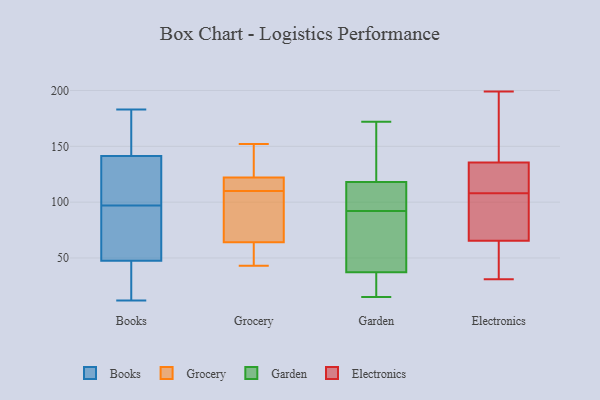
{"axis": {"x": "Energy Usage (MWh)", "y": "Value"}, "legend": ["Books", "Electronics", "Garden", "Grocery"], "data": [{"x": "", "y": 79, "type": "Books"}, {"x": "", "y": 35, "type": "Books"}, {"x": "", "y": 42, "type": "Books"}, {"x": "", "y": 161, "type": "Books"}, {"x": "", "y": 99, "type": "Books"}, {"x": "", "y": 12, "type": "Books"}, {"x": "", "y": 124, "type": "Books"}, {"x": "", "y": 93, "type": "Books"}, {"x": "", "y": 183, "type": "Books"}, {"x": "", "y": 130, "type": "Books"}, {"x": "", "y": 167, "type": "Books"}, {"x": "", "y": 161, "type": "Books"}, {"x": "", "y": 19, "type": "Books"}, {"x": "", "y": 64, "type": "Books"}, {"x": "", "y": 92, "type": "Books"}, {"x": "", "y": 97, "type": "Books"}, {"x": "", "y": 27, "type": "Books"}, {"x": "", "y": 145, "type": "Books"}, {"x": "", "y": 120, "type": "Books"}, {"x": "", "y": 43, "type": "Grocery"}, {"x": "", "y": 152, "type": "Grocery"}, {"x": "", "y": 64, "type": "Grocery"}, {"x": "", "y": 111, "type": "Grocery"}, {"x": "", "y": 92, "type": "Grocery"}, {"x": "", "y": 151, "type": "Grocery"}, {"x": "", "y": 118, "type": "Grocery"}, {"x": "", "y": 56, "type": "Grocery"}, {"x": "", "y": 122, "type": "Grocery"}, {"x": "", "y": 109, "type": "Grocery"}, {"x": "", "y": 161, "type": "Garden"}, {"x": "", "y": 104, "type": "Garden"}, {"x": "", "y": 82, "type": "Garden"}, {"x": "", "y": 32, "type": "Garden"}, {"x": "", "y": 22, "type": "Garden"}, {"x": "", "y": 92, "type": "Garden"}, {"x": "", "y": 25, "type": "Garden"}, {"x": "", "y": 15, "type": "Garden"}, {"x": "", "y": 39, "type": "Garden"}, {"x": "", "y": 99, "type": "Garden"}, {"x": "", "y": 61, "type": "Garden"}, {"x": "", "y": 81, "type": "Garden"}, {"x": "", "y": 121, "type": "Garden"}, {"x": "", "y": 109, "type": "Garden"}, {"x": "", "y": 172, "type": "Garden"}, {"x": "", "y": 117, "type": "Garden"}, {"x": "", "y": 148, "type": "Garden"}, {"x": "", "y": 199, "type": "Electronics"}, {"x": "", "y": 118, "type": "Electronics"}, {"x": "", "y": 87, "type": "Electronics"}, {"x": "", "y": 74, "type": "Electronics"}, {"x": "", "y": 126, "type": "Electronics"}, {"x": "", "y": 115, "type": "Electronics"}, {"x": "", "y": 187, "type": "Electronics"}, {"x": "", "y": 42, "type": "Electronics"}, {"x": "", "y": 55, "type": "Electronics"}, {"x": "", "y": 44, "type": "Electronics"}, {"x": "", "y": 31, "type": "Electronics"}, {"x": "", "y": 108, "type": "Electronics"}, {"x": "", "y": 108, "type": "Electronics"}, {"x": "", "y": 164, "type": "Electronics"}, {"x": "", "y": 165, "type": "Electronics"}, {"x": "", "y": 69, "type": "Electronics"}, {"x": "", "y": 69, "type": "Electronics"}]}